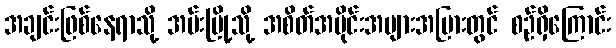
အချင်းဖြစ်နေရာသို့ အမ်းမြို့သို့ အစိတ်အပိုင်းအများအပြားတွင် စဉ်ရှိကြောင်း